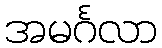
အမင်္ဂလာ